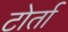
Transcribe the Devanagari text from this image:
टोर्ता